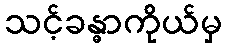
သင့်ခန္ဓာကိုယ်မှ